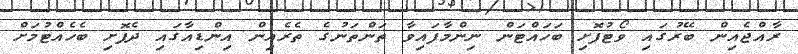
ރާއްޖެއިން ބޭރުގައި ވޯޓުފޮށި ބަހައްޓަން ނިންމާފައިވާ ތަންތަނުގެ ތެރެއިން އިންޑިއާގައި ދެފޮށި ބެހެއްޓުމަށް